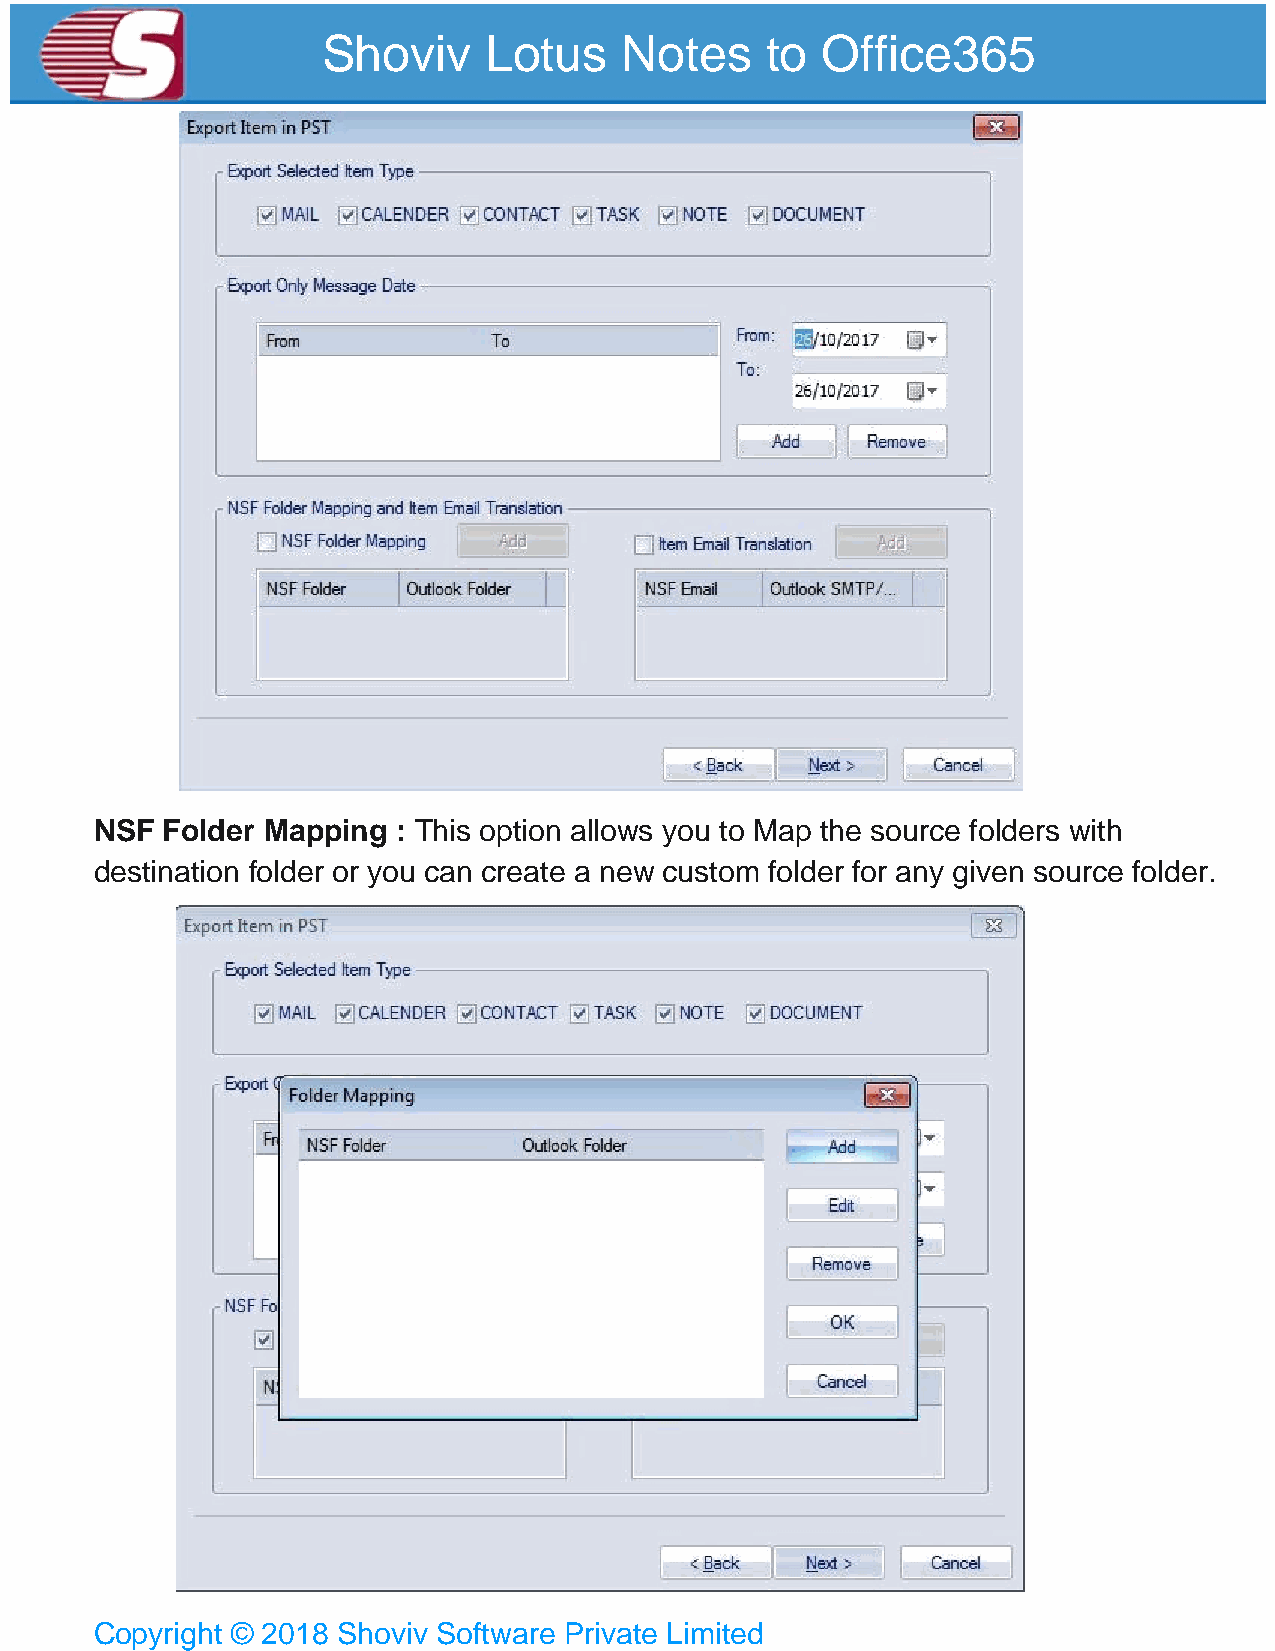
Shoviv     Lotus    Notes     to Office365
 NSF  Folder Mapping : This option allows you to Map the source folders with
 destination folder or you can create a new custom folder for any given source folder.
 Copyright © 2018 Shoviv Software Private Limited